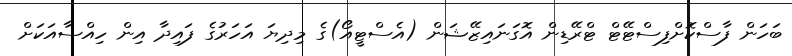
ބަހަން ފާސްކޮށްފިސްޓޭޓް ޓްރޭޑިން އޮގަނައިޒޭޝަން (އެސްޓީއޯ)ގެ މިދިޔަ އަހަރުގެ ފައިދާ އިން ހިއްސާއަކަށް